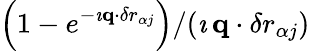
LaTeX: \left(1-e^{-\imath{\mathbf q}\cdot{\mathbf\delta r}_{\alpha j}}\right)/(\imath\, {\mathbf q}\cdot{\mathbf\delta r}_{\alpha j})